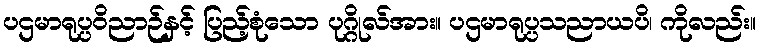
ပဌမာရုပ္ပဝိညာဉ်နှင့် ပြည့်စုံသော ပုဂ္ဂိုလ်အား။ ပဌမာရုပ္ပသညာယပိ၊ ကိုလည်း။